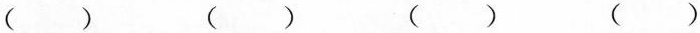
( ) ( ) ( ) ( )